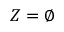
Z = \emptyset